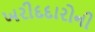
ખરીદદારોની